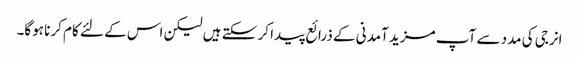
انرجی کی مدد سے آپ مزید آمدنی کے ذرائع پیدا کر سکتے ہیں لیکن اس کے لئے کام کرنا ہوگا۔